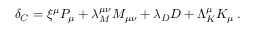
\delta _ { C } = \xi ^ { \mu } P _ { \mu } + \lambda _ { M } ^ { \mu \nu } M _ { \mu \nu } + \lambda _ { D } D + \Lambda _ { K } ^ { \mu } K _ { \mu } \, .